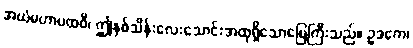
အယံမဟာပထဝီ၊ ဤနှစ်သိန်းလေးသောင်းအထုရှိသောမြေကြီးသည်။ ဥဒကေ၊